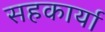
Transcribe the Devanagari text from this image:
सहकार्या